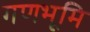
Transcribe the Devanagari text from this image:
गणभूमि